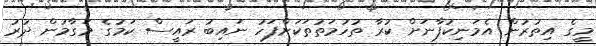
މީގެ އިތުރުން އެމަނިކުފާނަށް ކުރާ ތުހުމަތުތަކަށްފަހު ނައިބު ރައީސް ކަމުގެ މަގާމުން ދުރު